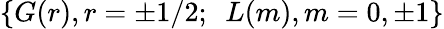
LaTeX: \{ G(r),r=\pm 1/2;\, \, \, L(m),m=0,\pm 1\}